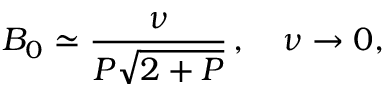
B _ { 0 } \simeq \frac { \nu } { P \sqrt { 2 + P } } \, , \quad \nu \to 0 ,